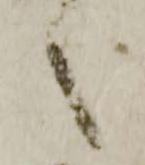
之